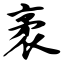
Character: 袤